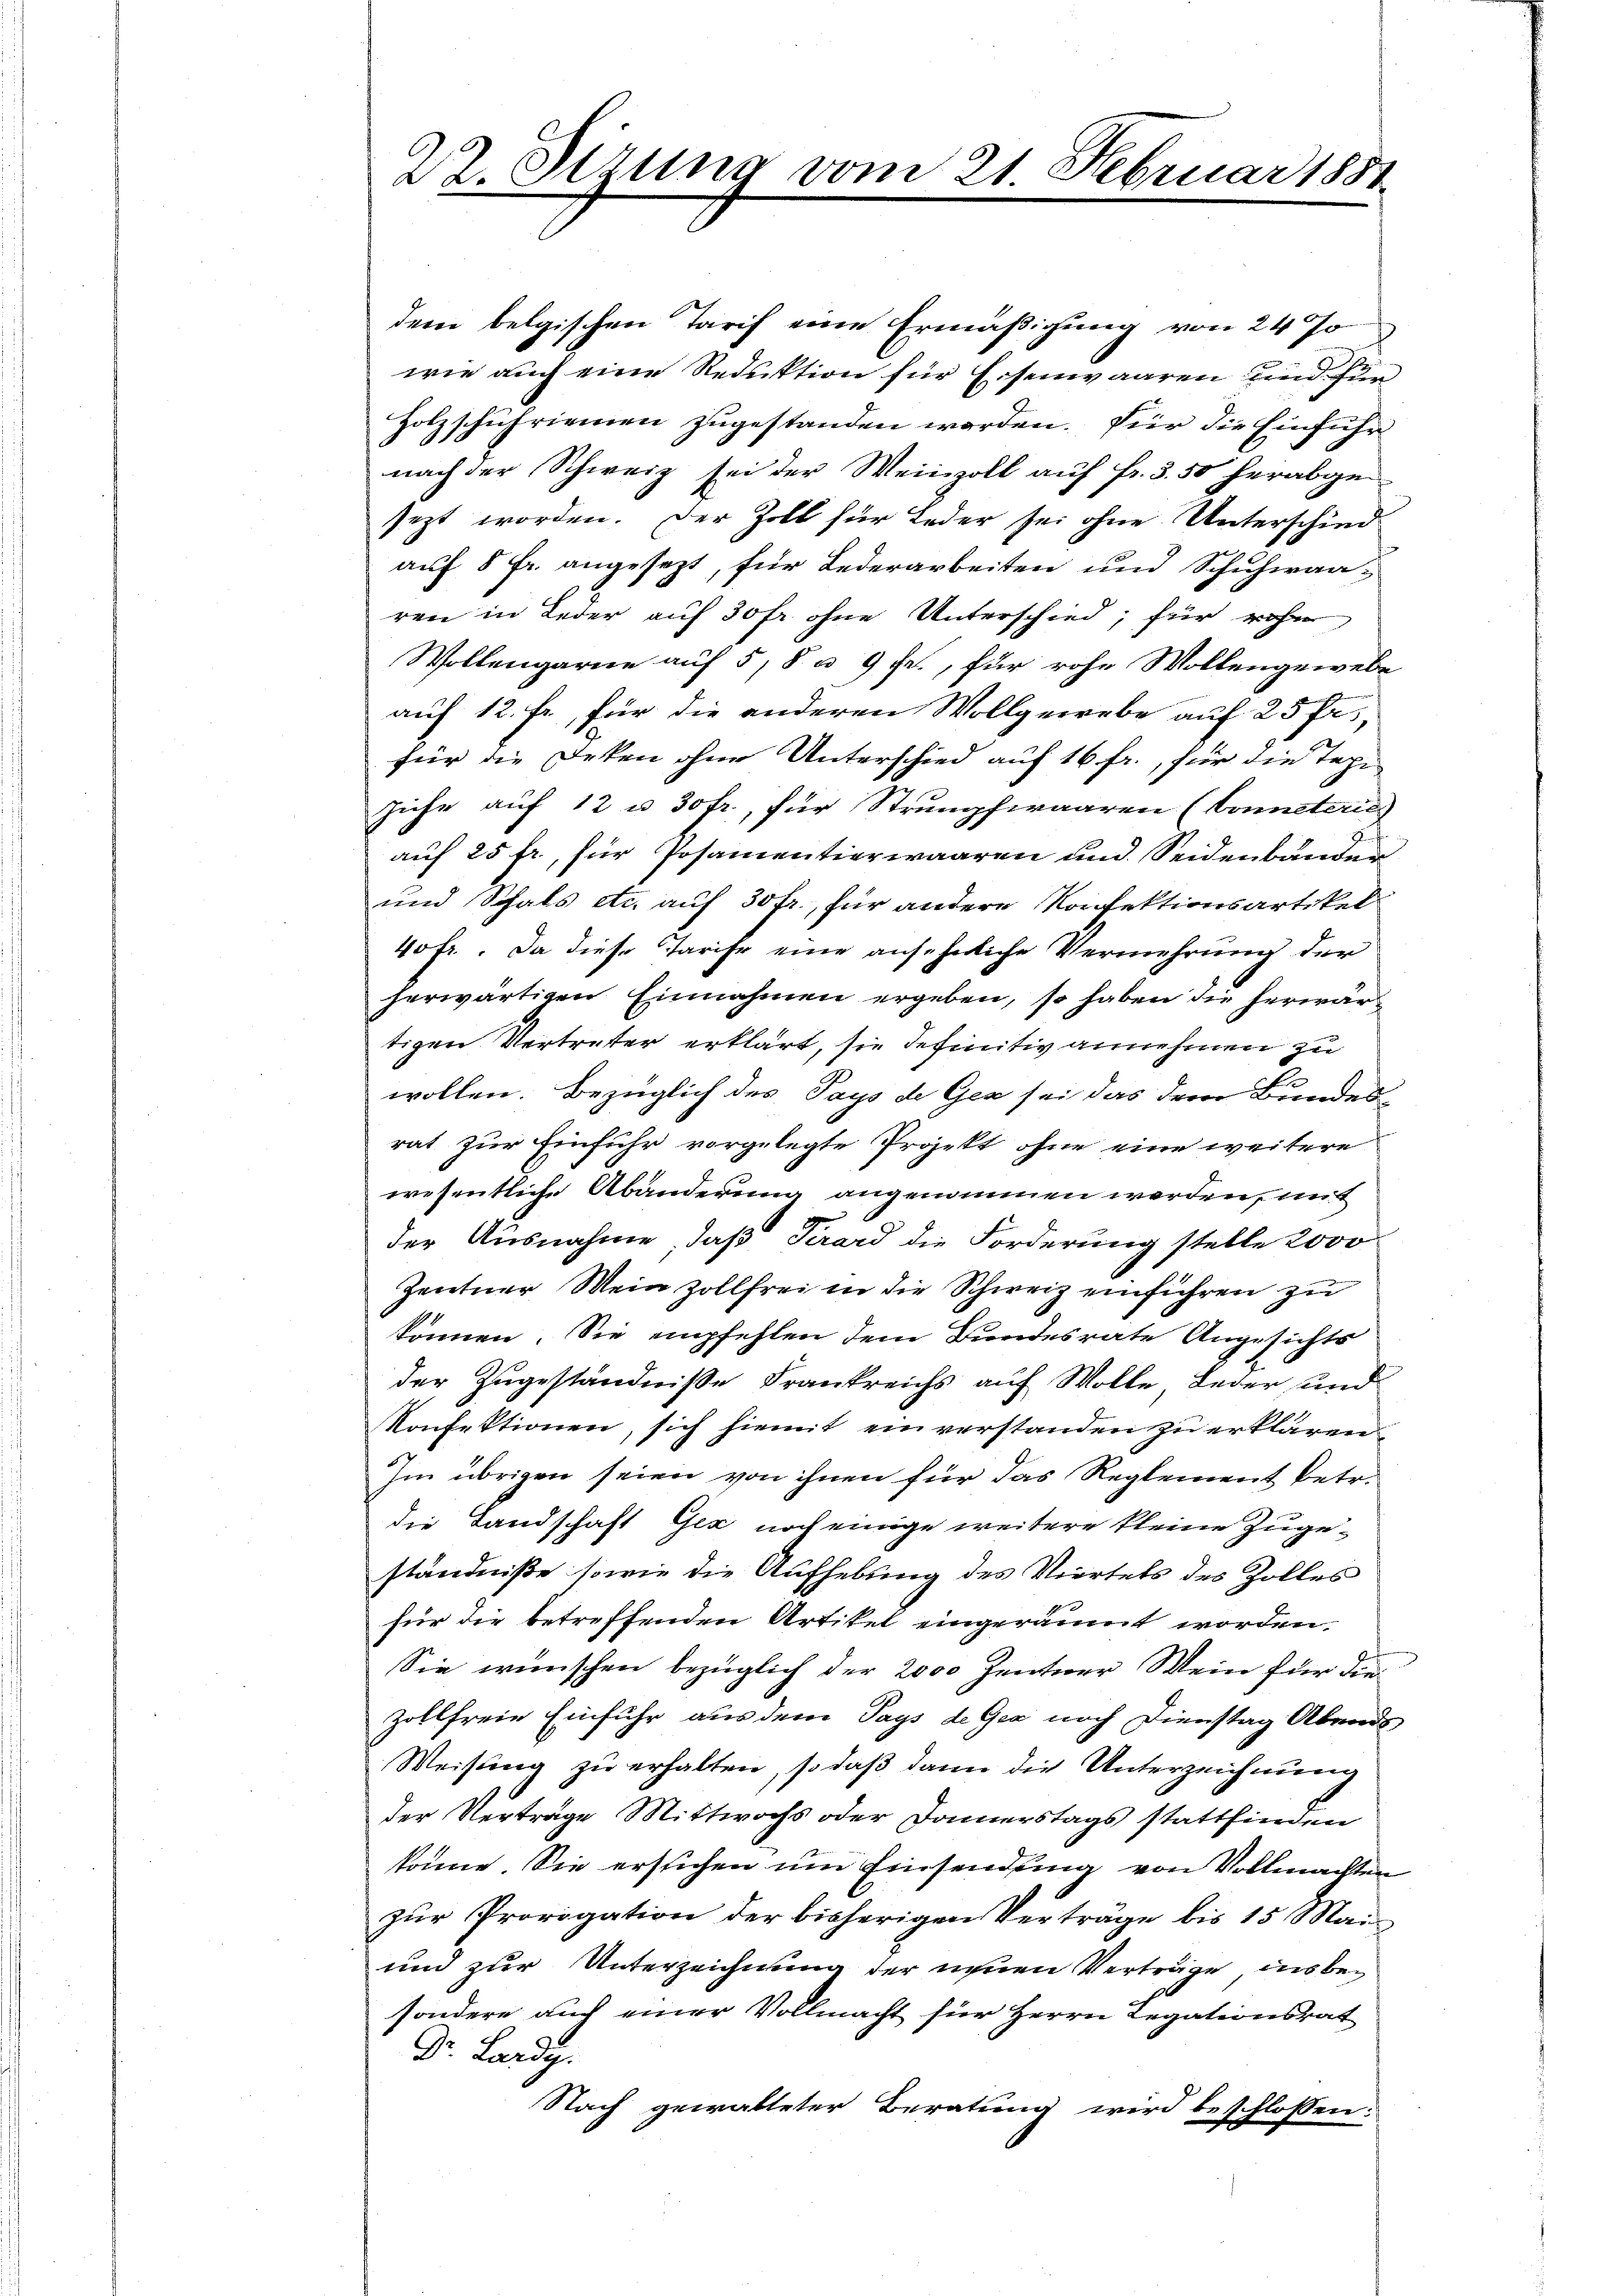
22. Sezung vom

21 Februar 1881.

dem belgischen Tarif eine Ermäßigung von 24 Jo
wie auch eine Reduktion für Eisenwaaren und für
Holzschufriemen zugestanden worden. Für die Einführ
nach der Schweiz sei der Weinzoll auf fr. 3. 50 herabgesezt worden. Der Zoll für Leder sei ohne Unterschied
auf 5 Fr. angesezt, für Lederarbeiten und Schuhwaa-
ren in Leder auf 30 Fr. ohne Unterschied, für rohe
Wollengarne auf 5, 8 & 9 Fr., für rohe Wollengewebe
auf 12. Fr., für die anderen Wollgewebe auf 25 fr.
für die Deken ohne Unterschied auf 16 fr., für die Tapi
Juhr auf 12 u 3otr., für Strumpfwaaren (Conneterie
auf 25 fr., für Posamentierwaaren und Seidenbunden
und Schals etc. auf 30 fr., für andere Konfektionsartikel
40fr. Da diese Tarife eine ansehnliche Vermehrung der
herwärtigen Einnahmen ergeben, so haben die herwärtigen Vertreter erklärt, sie definitiv annehmen zu
wollen. Bezüglich des Pays de Ger sei das dem Bundes
rat zur Einführ vorgelegte Projekt ohne eine weitere
wesentliche Abänderung angenommen werden, mit
der Ausnahme, daß Pirard die Forderung stelle 2000
Zentner Mein Zollfrei in die Schweiz einführen zu
können. Sie empfehlen dem Bundesrate Angesichts
der Zugeständniße Frankreichs auf Wolle, Leder und
Konfektionen, sich hiemit einverstanden zu erklären.
Im übrigen seien von ihnen für das Reglement betr.
die Landschaft Gek noch einige weitere kleine zugeständniße, sowie die Aufhebung des Viertels des Zolles
für die betreffenden Artiket eingeräumt worden.
Sie wünschen bezüglich der 2000 Zentner Wein für die
Zollfreie Einfuhr aus dem Tags de Gea noch Dienstag Abends
Weisung zu erhalten, so daß dann die Unterzeichnung
der Verträge Mittwochs oder Donnerstags stattfinden
könne. Sie ersuchen um Einsendung von Vollmachten
zŭr Provigation der bisherigen Verträge bis 15 Mai
und zur Unterzeichnung der neuen Verträge ins besondere auch einer Vollmacht für Herrn Legationsrat
Dr. Lardy.
Nach gewalteter Beratung wird beschlossen: